Civil Veterinary Department. United Provinces 1912-22 - 1912-1922
Year: 1912
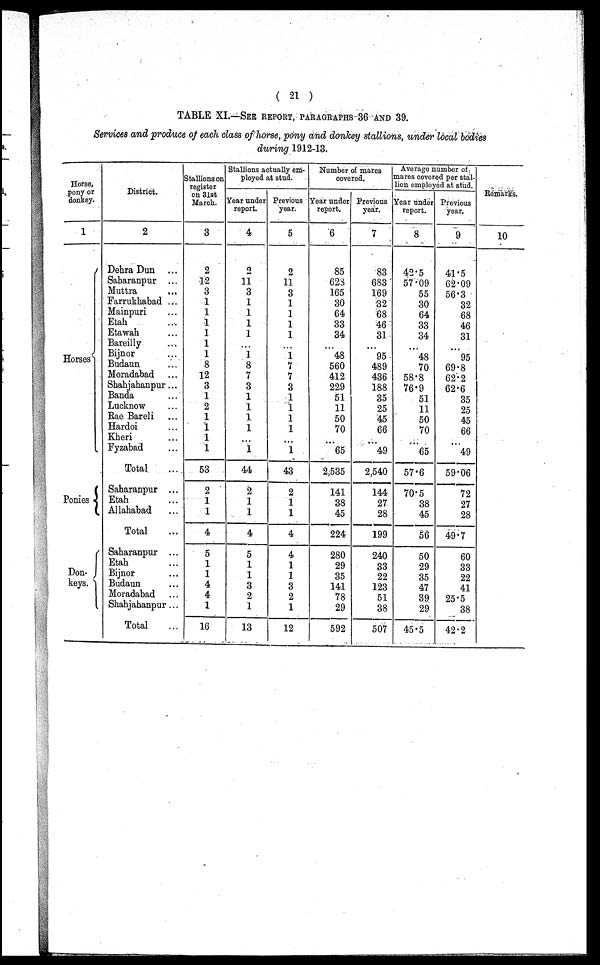
( 21 )
TABLE XI.—SEE REPORT, PARAGRAPHS 36 AND 39.
Services and produce of each class of horse, pony and donkey stallions, under local bodies
during 1912-13.
Horse,
pony or
donkey.
1
Horses
Ponies
Don-
keys.
District.
2
Dehra Dun ...
Saharanpur ...
Muttra ...
Farrukhabad ...
Mainpuri ...
Etah ...
Etawah ...
Bareilly ...
Bijnor ...
Budaun ...
Moradabad ...
Shahjahanpur ...
Banda ...
Lucknow ...
Rae Bareli ...
Hardoi ...
Kheri ...
Fyzabad ...
Total
Saharanpur ...
Etah ...
Allahabad
Total ...
Saharanpur ...
Etah ...
Bijnor ...
Budaun ...
Moradabad ...
Shahjahanpur...
Total ...
Stallions on
register
on 31st
March.
3
2
12
3
1
1
1
1
1
1
8
12
3
1
2
1
1
1
1
53
2
1
1
4
5
1
1
4
4
1
16
Stallions actually em-
ployed at stud.
Year under
report.
4
2
11
3
1
1
1
1
...
1
8
7
3
1
1
1
1
...
1
44
2
1
1
4
5
1
1
3
2
1
13
Previous
year.
5
2
11
3
1
1
1
1
...
1
7
7
3
1
1
1
1
...
1
43
2
1
1
4
4
1
1
3
2
1
12
Number of mares
covered.
Year under
report.
6
85
628
165
30
64
33
34
...
48
560
412
229
51
11
50
70
...
65
2,535
141
38
45
224
280
29
35
141
78
29
592
Previous
year.
7
83
683
169
32
68
46
31
...
95
489
436
188
35
25
45
66
...
49
2,540
144
27
28
199
240
33
22
123
51
38
507
Average number of
mares covered per stal-
lion employed at stud.
Year under
report.
8
42.5
57.09
55
30
64
33
34
...
48
70
58.8
76.9
51
11
50
70
...
65
57.6
70.5
38
45
56
50
29
35
47
39
29
45.5
Previous
year.
9
41.5
62.09
56.3
32
68
46
31
...
95
69.8
62.2
62.6
35
25
45
66
...
49
59.06
72
27
28
49.7
60
33
22
41
25.5
38
42.2
Remark's.
10